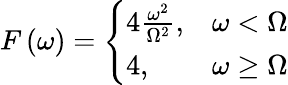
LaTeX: F\left(\omega\right)=\left\{ \begin{array}{ll}{4\frac{\omega^{2}}{\Omega^{2}},}&{\omega<\Omega}\\ {4,}&{\omega\geq\Omega}\end{array}\right.